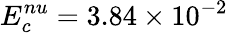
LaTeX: E_{c}^{nu}=3.84\times 10^{-2}